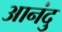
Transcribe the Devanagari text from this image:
आनंदु